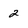
Character: 2